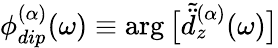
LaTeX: \phi_{dip}^{(\alpha)}(\omega)\equiv\arg\big[\tilde{\ddot{d}}_{z}^{(\alpha)}(\omega)\big]